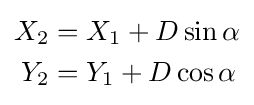
{\begin{aligned}X_{2}&=X_{1}+D\sin \alpha \\Y_{2}&=Y_{1}+D\cos \alpha \end{aligned}}